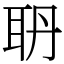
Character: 𦕃